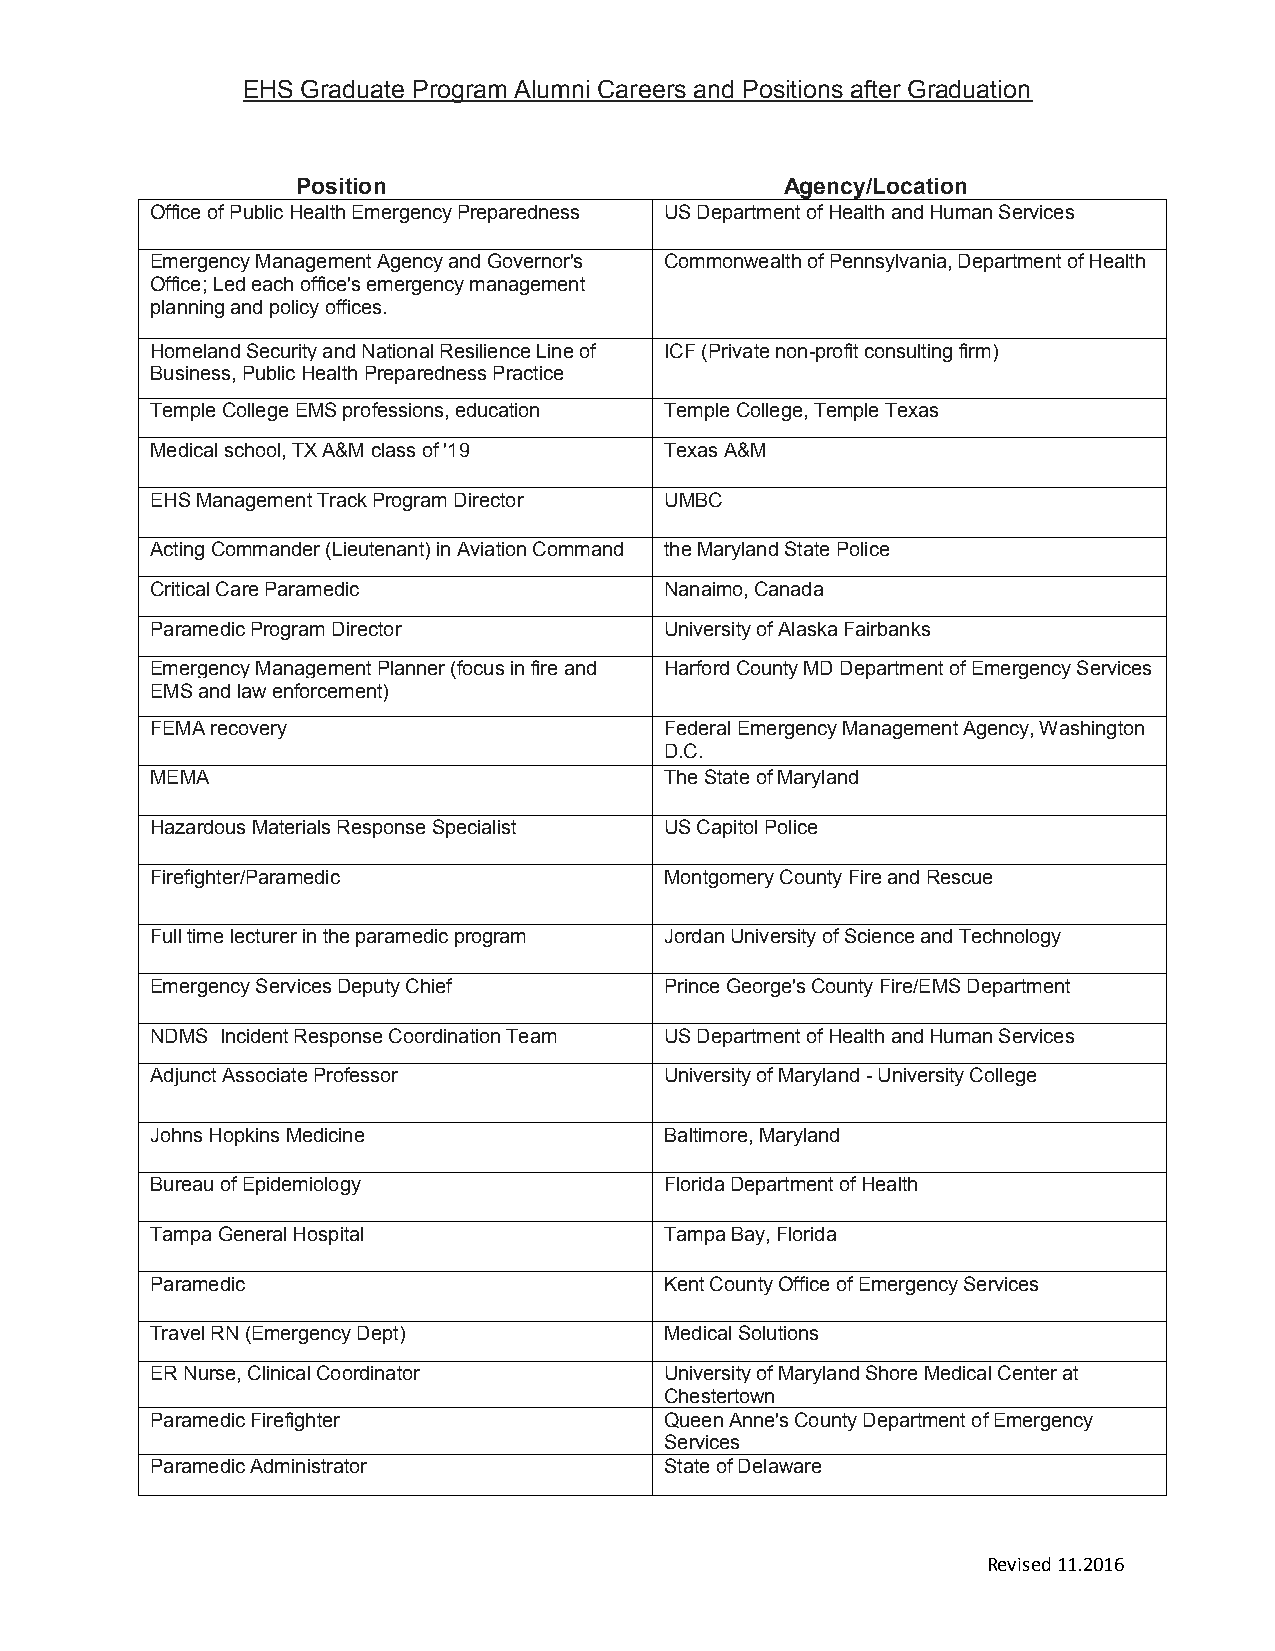
EHS Graduate Program Alumni Careers and Positions after Graduation
 Position                        Agency/Location
 Office of Public Health Emergency Preparedness US Department of Health and Human Services
 Emergency Management Agency and Governor's Commonwealth of Pennsylvania, Department of Health
 Office; Led each office's emergency management
 planning and policy offices.
 Homeland Security and National Resilience Line of ICF (Private non-profit consulting firm)
 Business, Public Health Preparedness Practice
 Temple College EMS professions, education Temple College, Temple Texas
 Medical school, TX A&M class of '19 Texas A&M
 EHS Management Track Program Director UMBC
 Acting Commander (Lieutenant) in Aviation Command the Maryland State Police
 Critical Care Paramedic           Nanaimo, Canada
 Paramedic Program Director        University of Alaska Fairbanks
 Emergency Management Planner (focus in fire and Harford County MD Department of Emergency Services
 EMS and law enforcement)
 FEMA recovery                     Federal Emergency Management Agency, Washington
 D.C.
 MEMA                              The State of Maryland
 Hazardous Materials Response Specialist US Capitol Police
 Firefighter/Paramedic             Montgomery County Fire and Rescue
 Full time lecturer in the paramedic program Jordan University of Science and Technology
 Emergency Services Deputy Chief   Prince George's County Fire/EMS Department
 NDMS Incident Response Coordination Team US Department of Health and Human Services
 Adjunct Associate Professor       University of Maryland - University College
 Johns Hopkins Medicine            Baltimore, Maryland
 Bureau of Epidemiology            Florida Department of Health
 Tampa General Hospital            Tampa Bay, Florida
 Paramedic                         Kent County Office of Emergency Services
 Travel RN (Emergency Dept)        Medical Solutions
 ER Nurse, Clinical Coordinator    University of Maryland Shore Medical Center at
 Chestertown
 Paramedic Firefighter             Queen Anne's County Department of Emergency
 Services
 Paramedic Administrator           State of Delaware
 Revised 11.2016